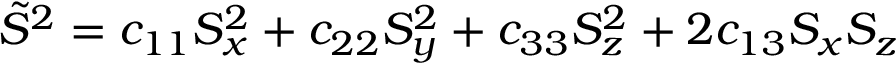
\tilde { S } ^ { 2 } = c _ { 1 1 } S _ { x } ^ { 2 } + c _ { 2 2 } S _ { y } ^ { 2 } + c _ { 3 3 } S _ { z } ^ { 2 } + 2 c _ { 1 3 } S _ { x } S _ { z }